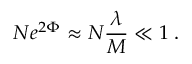
N e ^ { 2 \Phi } \approx N { \frac { \lambda } { M } } \ll 1 \; .